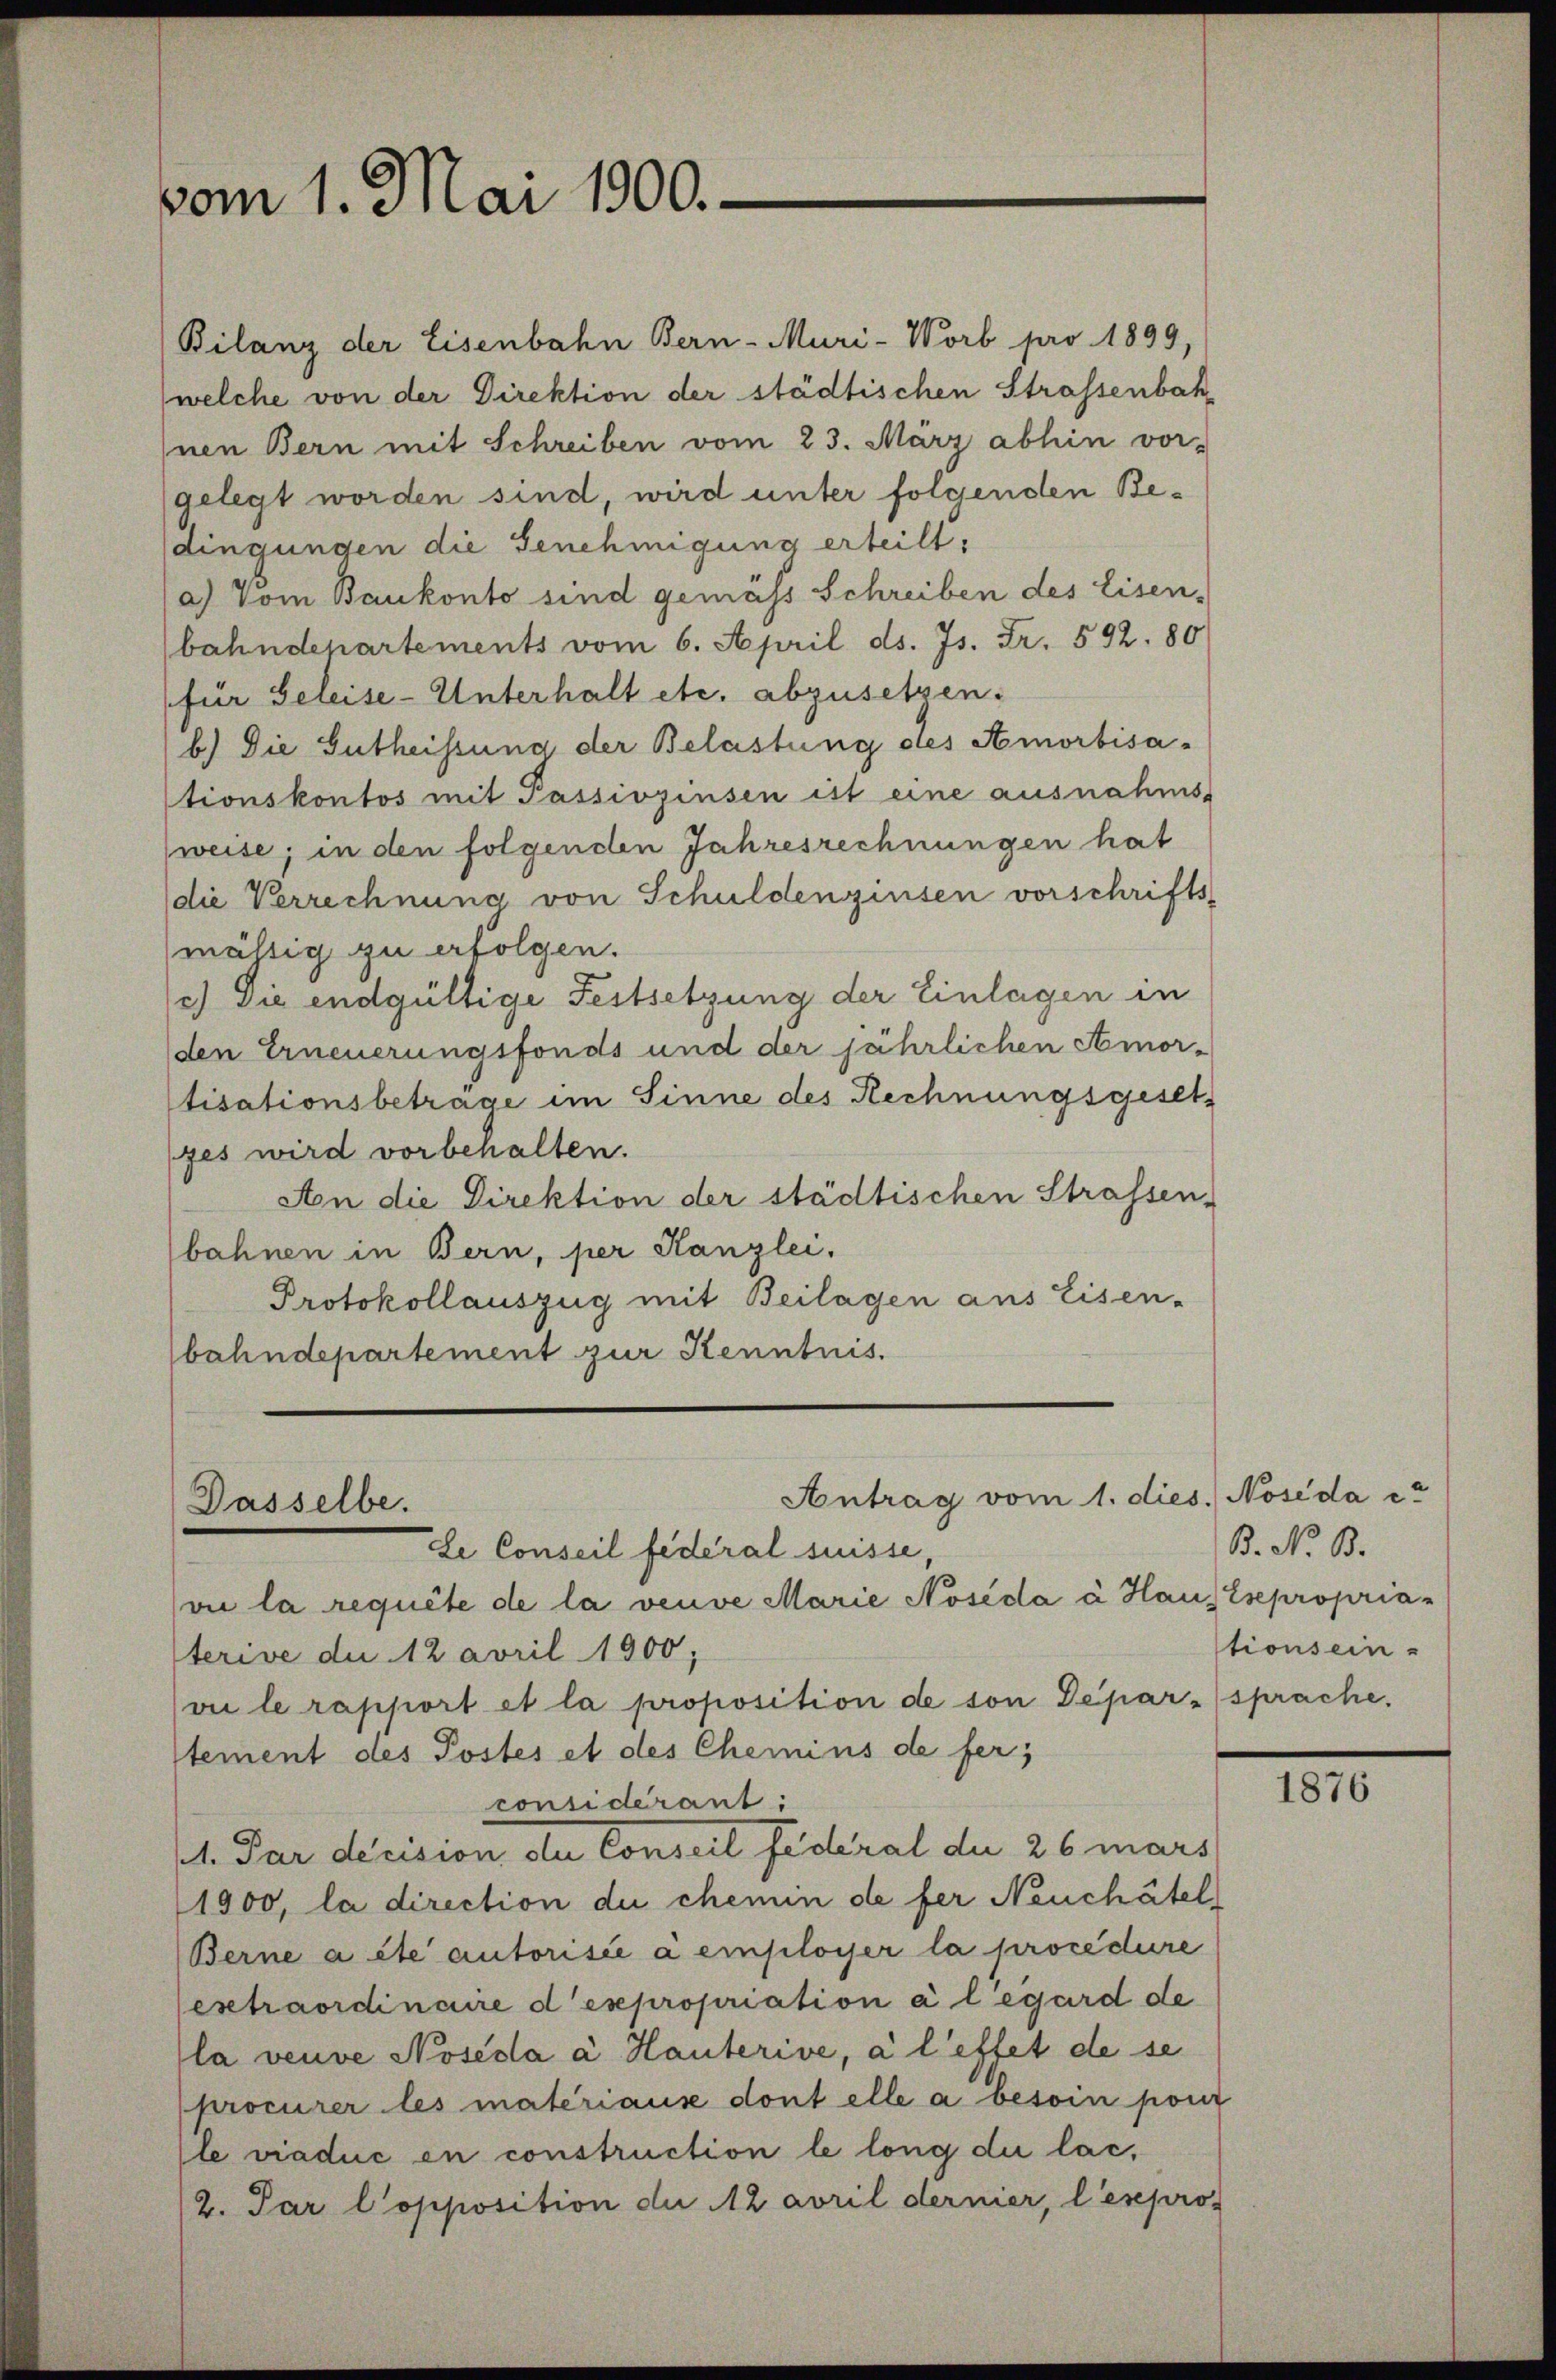
vom 1. Mai 1900.

Bilanz der Eisenbahn Bern - Muri-Worb pro 1899,
welche von der Direktion der städtischen Strassenbahnen Bern mit Schreiben vom 23. März abhin vor-
gelegt worden sind, wird unter folgenden Bedingungen die Genehmigung erteilt:
a) Vom Baukonto sind gemäss Schreiben des Eisen-
bahndepartements vom 6. April ds. Js. Fr. 592. 80
für Geleise-Unterhalt etc. abzusetzen.
b.) Die Gutheissung der Belastung des Amortisa-
stionskontos mit Passivzinsen ist eine ausnahms-
weise; in den folgenden Jahresrechnungen hat
die Verrechnung von Schuldenzinsen vorschrifts
mässig zu erfolgen.
c) Die endgültige Festsetzung der Einlagen in
den Erneuerungsfonds und der jährlichen Amor-
tisationsbeträge im Sinne des Rechnungsgesetz
ges wird vorbehalten.
An die Direktion der städtischen Strassen-
bahnen in Bern, per Kanzlei.
Protokollauszug mit Beilagen aus Eisen-
bahndepartement zur Kenntnis.

Dasselbe.

Antrag vom 1. dies. Noseda ca

de Conseil federal suisse,
vi la requite de la veuve Marie Noséda à Haus Esepropria-
terive du 12 avril 1900;
vie le rapport et la proposition de son Depar-sprache.
stement des Postes et des Chemins de fer;
considérant:
1. Par decision der Conseil federal die 26 mars
1900, la direction du chemin de fer Neuchâtel
Berne a été autorisée a employer la procedure
extraordinaire d expropriation à l’égard de
la veuve Noséda a Hauterive, à l’effet de se
procurer les matériause dont elle a besoin pour
le viaduc en construction le long die lac,
2. Par l’opposition du 2 avril dernier, l’espro¬

B. N. B.
tionsein

1876